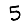
Digit: 5